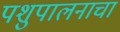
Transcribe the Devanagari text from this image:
पशुपालनाचा